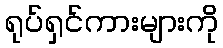
ရုပ်ရှင်ကားများကို